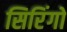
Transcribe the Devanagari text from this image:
सिरिंगो